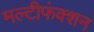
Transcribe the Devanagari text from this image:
मल्टीफंक्शन